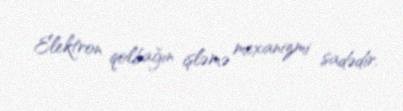
Elektron qolbağın işləmə mexanizmi sadədir.